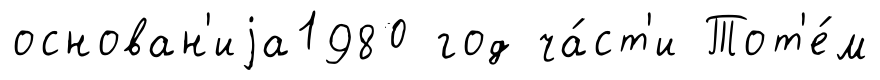
основан'иjа1980 год ча́ст'и Тот'е́м